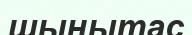
шынытас